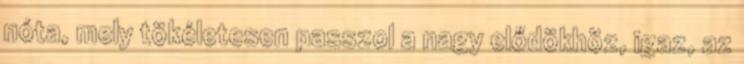
nóta, mely tökéletesen passzol a nagy elődökhöz, igaz, az